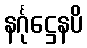
နင်္ဂုဋ္ဌေနပိ